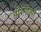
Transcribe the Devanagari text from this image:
डॉरमीटरी